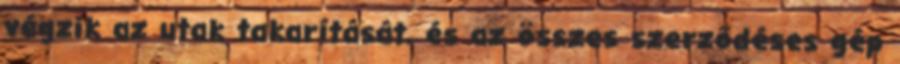
végzik az utak takarítását, és az összes szerződéses gép